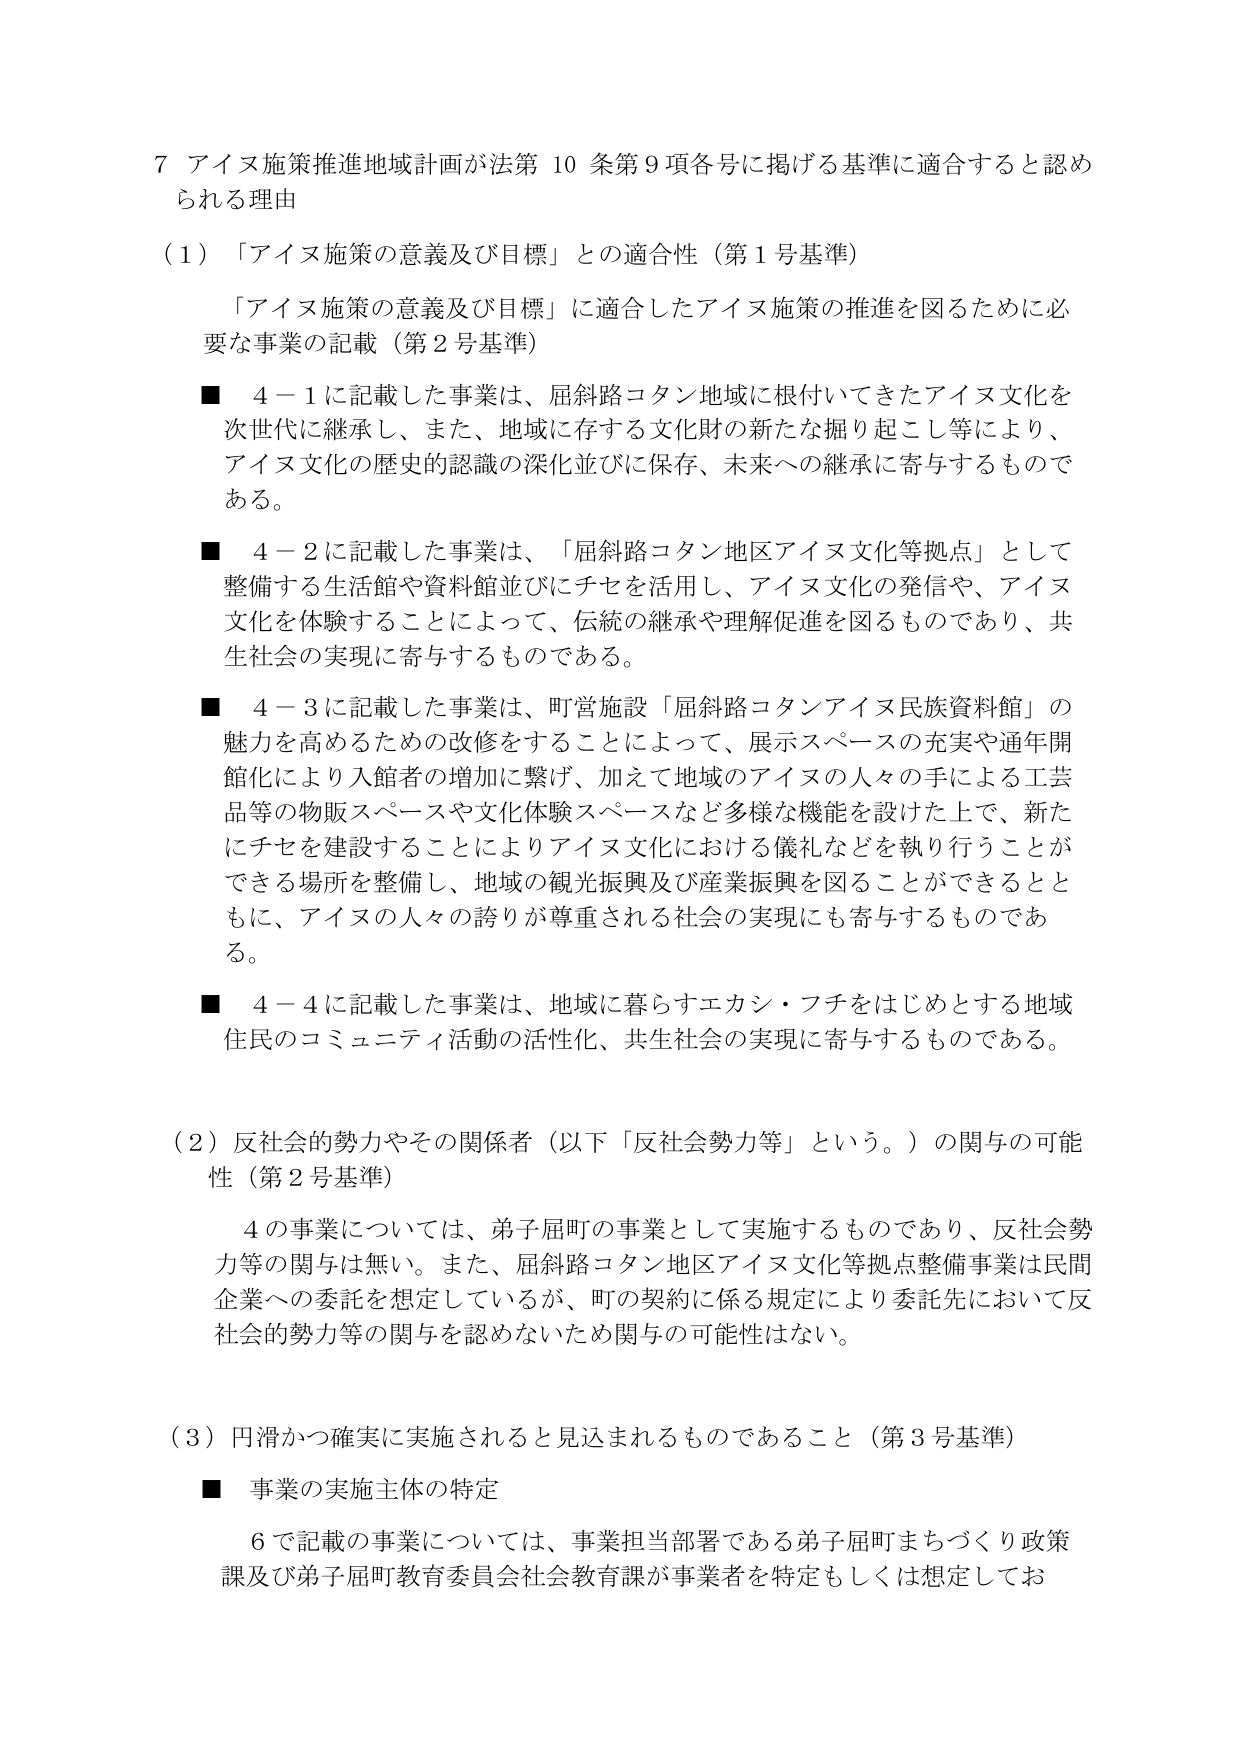
7 アイヌ施策推進地域計画が法第10条第9項各号に掲げる基準に適合すると認められる理由

（1）「アイヌ施策の意義及び目標」との適合性（第1号基準）

　「アイヌ施策の意義及び目標」に適合したアイヌ施策の推進を図るために必要な事業の記載（第2号基準）

■ 4－1に記載した事業は、屈斜路コタン地域に根付いてきたアイヌ文化を次世代に継承し、また、地域に存する文化財の新たな掘り起こし等により、アイヌ文化の歴史的認識の深化並びに保存、未来への継承に寄与するものである。

■ 4－2に記載した事業は、「屈斜路コタン地区アイヌ文化等拠点」として整備する生活館や資料館並びにチセを活用し、アイヌ文化の発信や、アイヌ文化を体験することによって、伝統の継承や理解促進を図るものであり、共生社会の実現に寄与するものである。

■ 4－3に記載した事業は、町営施設「屈斜路コタンアイヌ民族資料館」の魅力を高めるための改修をすることによって、展示スペースの充実や通年開館化により入館者の増加に繋げ、加えて地域のアイヌの人々の手による工芸品等の物販スペースや文化体験スペースなど多様な機能を設けた上で、新たにチセを建設することによりアイヌ文化における儀礼などを執り行うことができる場所を整備し、地域の観光振興及び産業振興を図ることができるとともに、アイヌの人々の誇りが尊重される社会の実現にも寄与するものである。

■ 4－4に記載した事業は、地域に暮らすエカシ・フチをはじめとする地域住民のコミュニティ活動の活性化、共生社会の実現に寄与するものである。

（2）反社会的勢力やその関係者（以下「反社会勢力等」という。）の関与の可能性（第2号基準）

　4の事業については、弟子屈町の事業として実施するものであり、反社会勢力等の関与は無い。また、屈斜路コタン地区アイヌ文化等拠点整備事業は民間企業への委託を想定しているが、町の契約に係る規定により委託先において反社会的勢力等の関与を認めないため関与の可能性はない。

（3）円滑かつ確実に実施されると見込まれるものであること（第3号基準）

■ 事業の実施主体の特定

　6で記載の事業については、事業担当部署である弟子屈町まちづくり政策課及び弟子屈町教育委員会社会教育課が事業者を特定もしくは想定してお